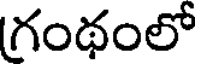
గంథంలో